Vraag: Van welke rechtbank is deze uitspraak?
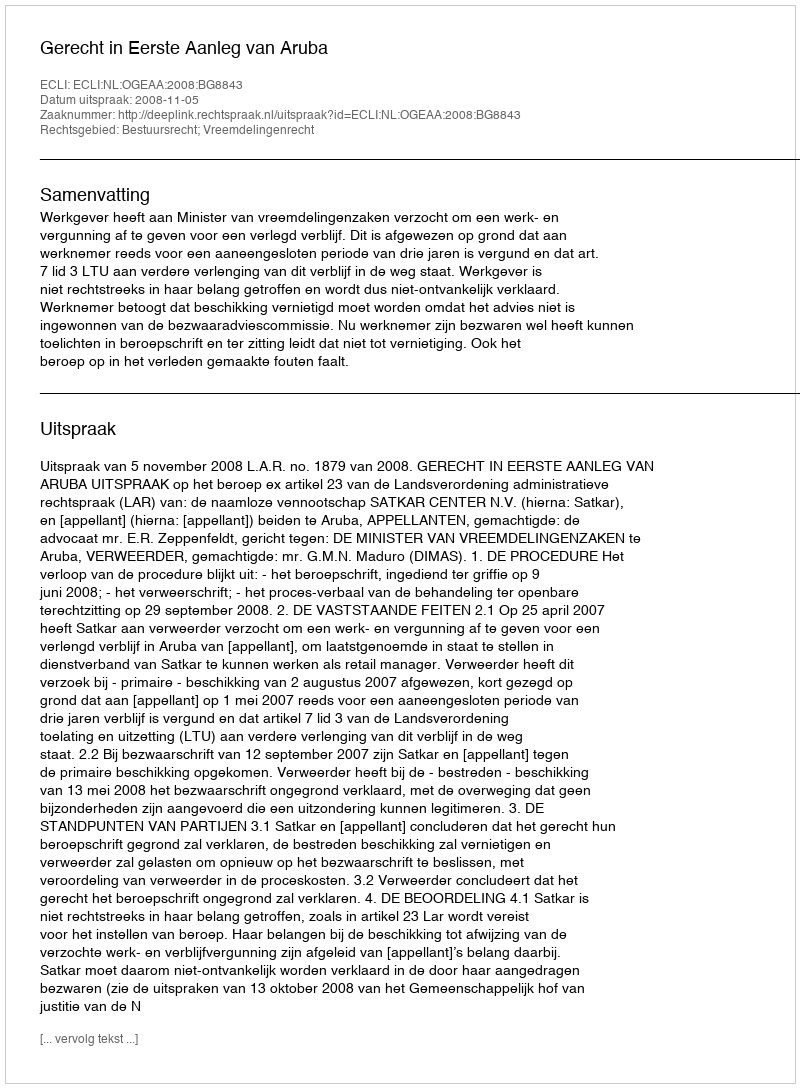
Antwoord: Gerecht in Eerste Aanleg van Aruba